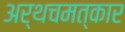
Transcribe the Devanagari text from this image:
अर्थचमत्कार